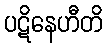
ပဋိနေဟီတိ